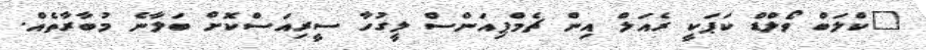
"ކްލަބް ވޯލްޑް ކަޕަކީ ރެއަލް އިން ޗެމްޕިއަންސް ލީގުހާ ސީރިއަސްކޮށް ބަލާނެ މުބާރާތެއް.